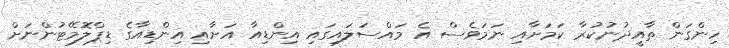
ހިންގަން ތާއީދުނުކުރާ ކަމަށާއި ނަމަވެސް އެ މައްސަލައިގައި އިންޑިއާ އަށާއި އިންޑިއާގެ ޑިޕްލޮމޭޓުންނަށް